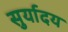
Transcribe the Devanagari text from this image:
सुर्यादय